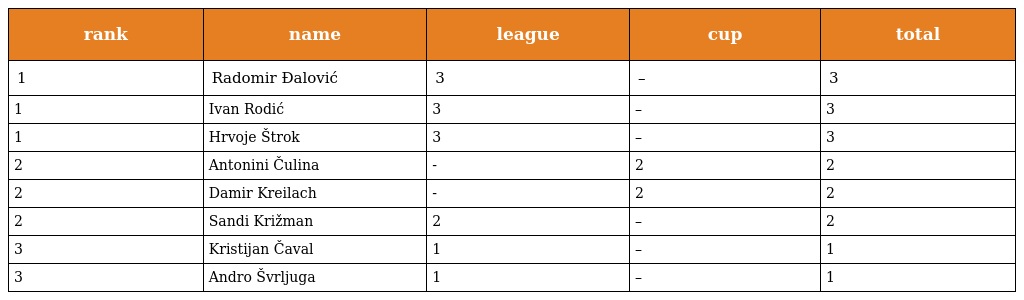
| rank | name | league | cup | total |
 | --- | --- | --- | --- | --- |
 | 1 | Radomir Đalović | 3 | – | 3 |
 | 1 | Ivan Rodić | 3 | – | 3 |
 | 1 | Hrvoje Štrok | 3 | – | 3 |
 | 2 | Antonini Čulina | - | 2 | 2 |
 | 2 | Damir Kreilach | - | 2 | 2 |
 | 2 | Sandi Križman | 2 | – | 2 |
 | 3 | Kristijan Čaval | 1 | – | 1 |
 | 3 | Andro Švrljuga | 1 | – | 1 |